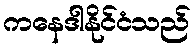
ကနေဒါနိုင်ငံသည်